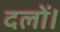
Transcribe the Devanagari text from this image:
दलों।